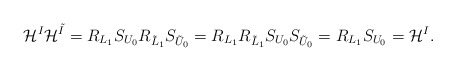
\begin{align*}\mathcal{H}^I\mathcal{H}^{\tilde{I}}=R_{L_1}S_{U_0}R_{\tilde{L}_1}S_{\tilde{U}_0}=R_{L_1}R_{\tilde{L}_1}S_{U_0}S_{\tilde{U}_0}=R_{L_1}S_{U_0}=\mathcal{H}^I.\end{align*}